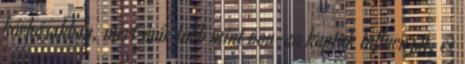
kórházakban, mert már több mint 600-an kaptak influenzát, és